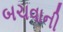
બચવાની